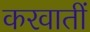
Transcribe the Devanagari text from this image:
करवातीं